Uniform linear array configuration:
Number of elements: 12
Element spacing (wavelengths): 0.5
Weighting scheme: binomial
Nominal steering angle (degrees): -15
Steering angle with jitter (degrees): -14.631
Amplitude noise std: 0.05
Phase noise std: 0.05

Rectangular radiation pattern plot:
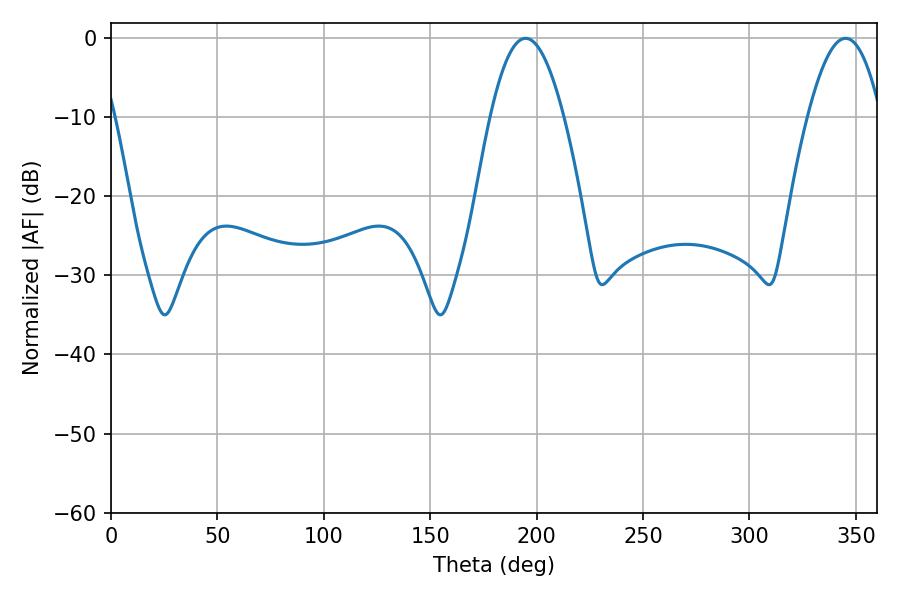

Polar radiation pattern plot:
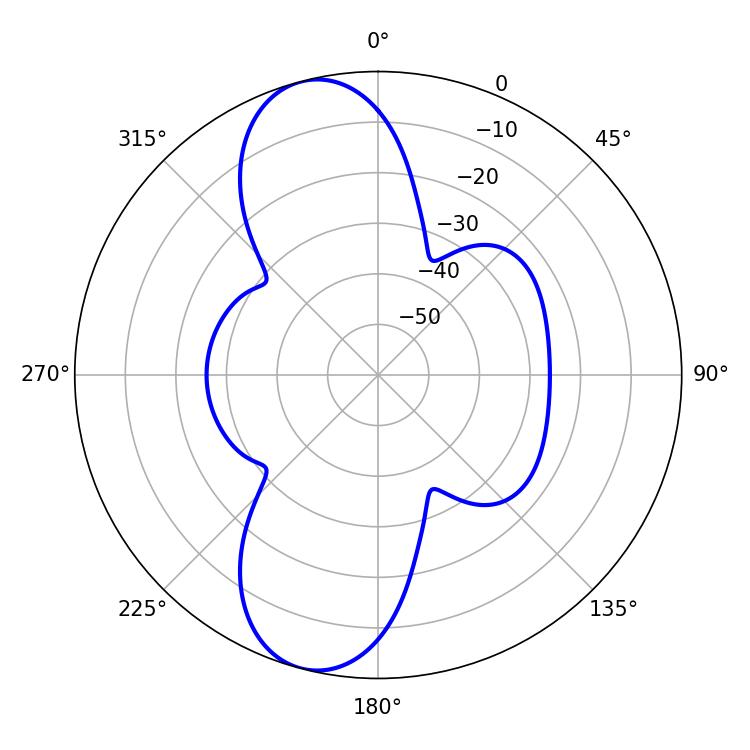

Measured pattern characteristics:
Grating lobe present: FALSE
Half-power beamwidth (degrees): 18.9
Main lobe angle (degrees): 194.76